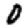
Digit: 0